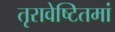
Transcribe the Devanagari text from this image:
तृरावेष्टितमां